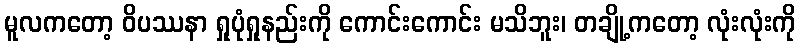
မူလကတော့ ဝိပဿနာ ရှုပုံရှုနည်းကို ကောင်းကောင်း မသိဘူး၊ တချို့ကတော့ လုံးလုံးကို